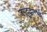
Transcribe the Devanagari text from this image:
जगदुद्धारार्थ